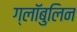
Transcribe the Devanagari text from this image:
ग्लॉबुलिन